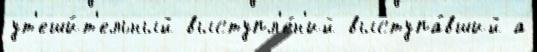
ут'еши́т'ельный выступл'е́н'ий выступа́вший а